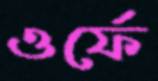
ওর্ফে